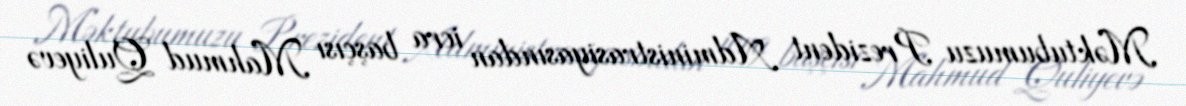
Məktubumuzu Prezident Administrasiyasından icra başçısı Mahmud Quliyevə